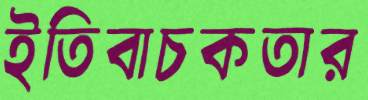
ইতিবাচকতার